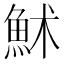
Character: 𩶄